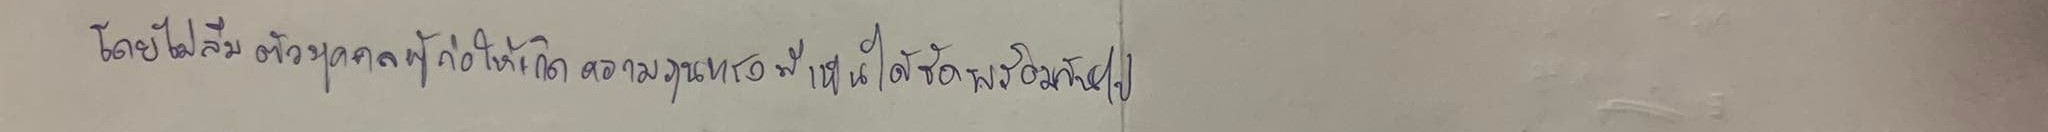
โดยไม่ลืมตัวบุคคลผู้ก่อให้เกิดความรุนแรงที่เห็นได้ชัดพร้อมกันไป